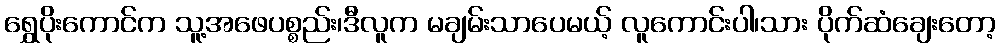
ရွှေပိုးကောင်က သူ့အဖေပစ္စည်း၊ဒီလူက မချမ်းသာပေမယ့် လူကောင်းပါ၊သား ပိုက်ဆံချေးတော့